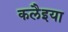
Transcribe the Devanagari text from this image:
कलैइया